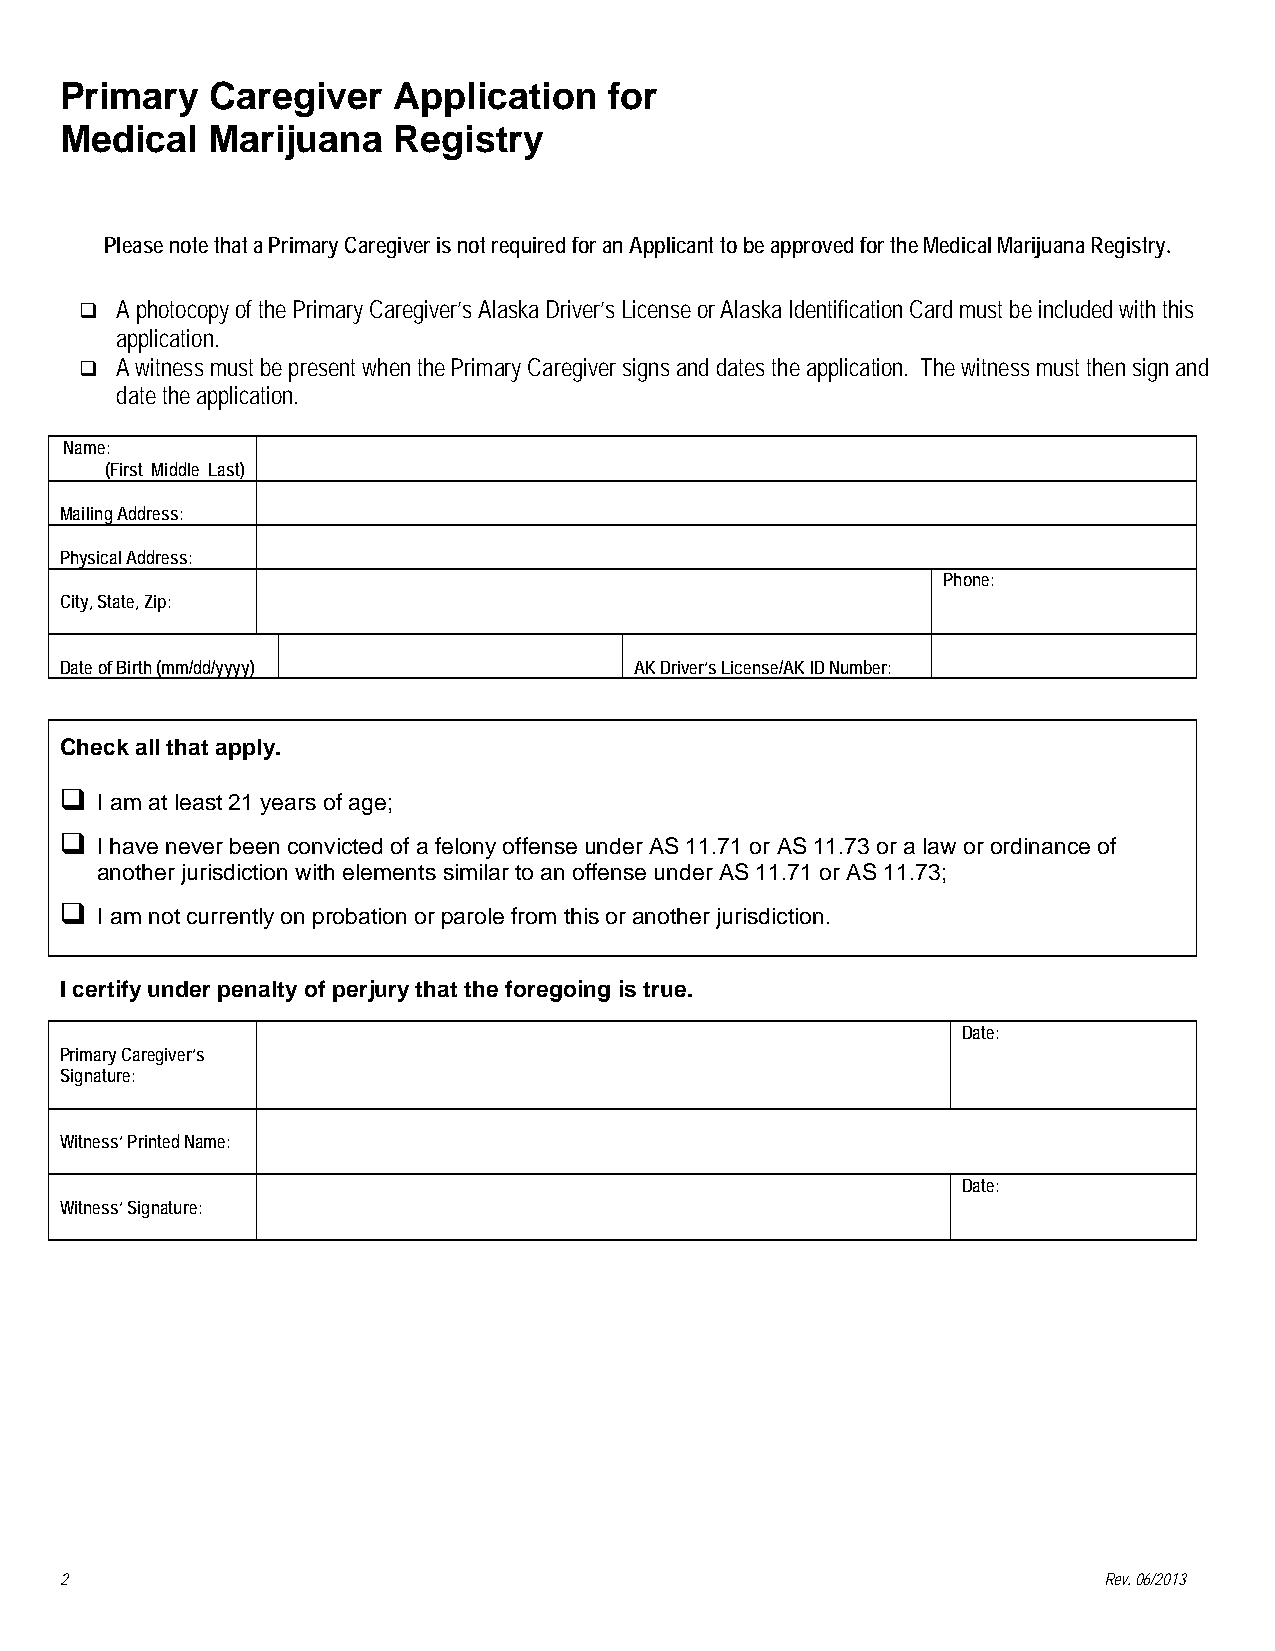
Primary   Caregiver   Application   for
 Medical   Marijuana   Registry
 Please note that a Primary Caregiver is not required for an Applicant to be approved for the Medical Marijuana Registry.
   A photocopy of the Primary Caregiver’s Alaska Driver’s License or Alaska Identification Card must be included with this
 application.
   A witness must be present when the Primary Caregiver signs and dates the application. The witness must then sign and
 date the application.
 Name:
 (First Middle Last)
 Mailing Address:
 Physical Address:
 Phone:
 City, State, Zip:
 Date of Birth (mm/dd/yyyy)            AK Driver’s License/AK ID Number:
 Check all that apply.
  I am at least 21 years of age;
  I have never been convicted of a felony offense under AS 11.71 or AS 11.73 or a law or ordinance of
 another jurisdiction with elements similar to an offense under AS 11.71 or AS 11.73;
  I am not currently on probation or parole from this or another jurisdiction.
 I certify under penalty of perjury that the foregoing is true.
 Date:
 Primary Caregiver’s
 Signature:
 Witness’ Printed Name:
 Date:
 Witness’ Signature:
 2                                                                    Rev. 06/2013